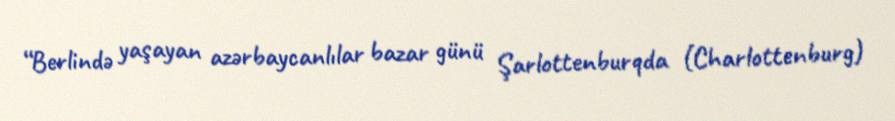
“Berlində yaşayan azərbaycanlılar bazar günü Şarlottenburqda (Charlottenburg)